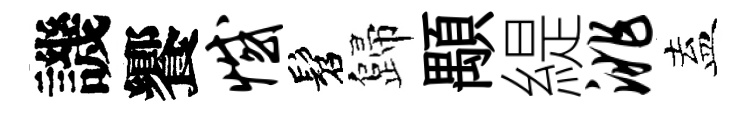
譏饗憾髫歸顒緹洮盍